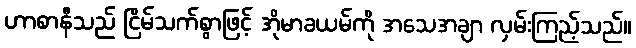
ဟာစာနီသည် ငြိမ်သက်စွာဖြင့် အိုမာခယမ်ကို အသေအချာ လှမ်းကြည့်သည်။